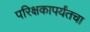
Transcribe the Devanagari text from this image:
परिक्षकापर्यंतचा